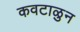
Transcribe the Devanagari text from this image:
कवटाळुन